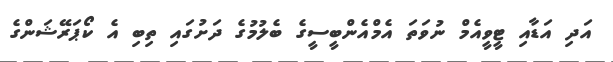
އަދި އަޑާއި ޓީވީއެމް ނުވަތަ އެމްއެންބީސީގެ ބެލުމުގެ ދަށުގައި ތިބި އެ ކޯޕަރޭޝަންގެ